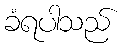
ခံရပါသည်